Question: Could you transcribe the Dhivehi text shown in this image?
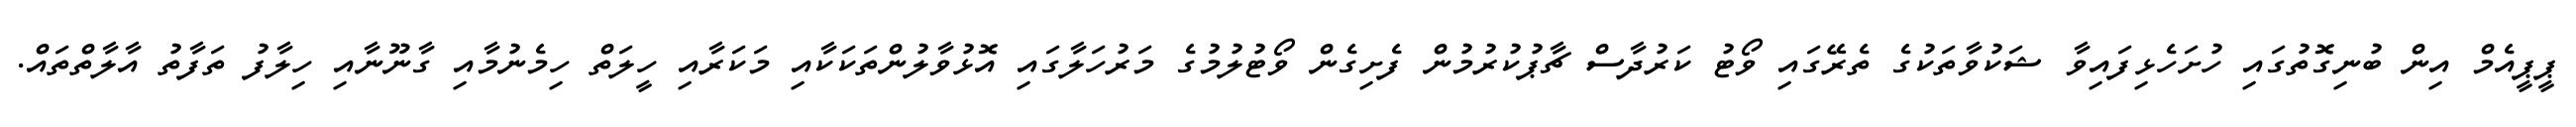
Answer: ޕީޕީއެމް އިން ބުނިގޮތުގައި ހުށަހެޅިފައިވާ ޝަކުވާތަކުގެ ތެރޭގައި ވޯޓު ކަރުދާސް ޗާޕުކުރުމުން ފެށިގެން ވޯޓުލުމުގެ މަރުހަލާގައި އޮޅުވާލުންތަކަކާއި މަކަރާއި ހީލަތް ހިމެނުމާއި ގާނޫނާއި ހިލާފު ތަފާތު އާލާތްތައް.